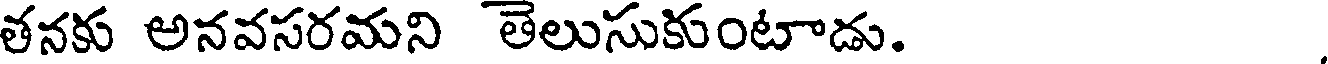
తనకు అనవసరమని తెలుసుకుంటాడు.